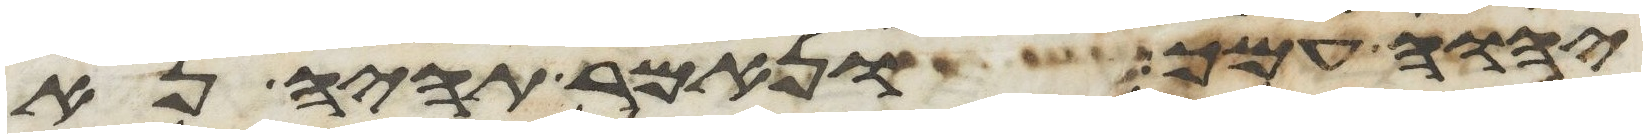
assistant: יהוה עמך ונאמר תהיה נא